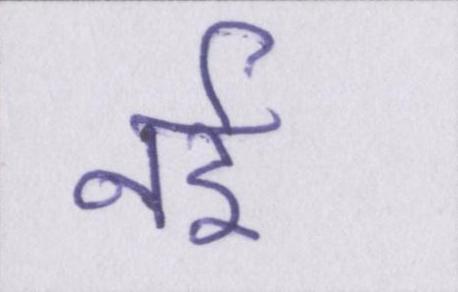
नई